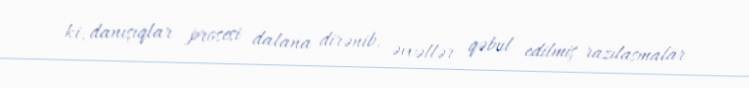
ki, danışıqlar prosesi dalana dirənib, əvvəllər qəbul edilmiş razılaşmalar